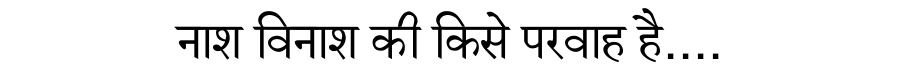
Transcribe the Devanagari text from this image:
नाश विनाश की किसे परवाह है....